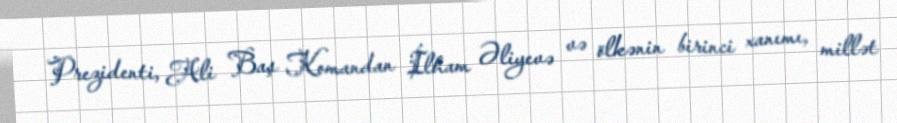
Prezidenti, Ali Baş Komandan İlham Əliyevə və ölkənin birinci xanımı, millət